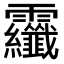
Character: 𩇏